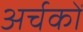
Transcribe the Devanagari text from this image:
अर्चकों